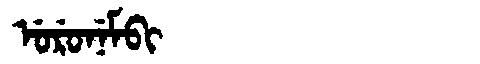
Manchu: ᡠᡵᡠᠨᡝᠮᠪᡳ
Romanization: URUNEMBI